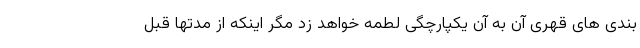
بندی های قهری آن به آن یکپارچگی لطمه خواهد زد مگر اینکه از مدتها قبل